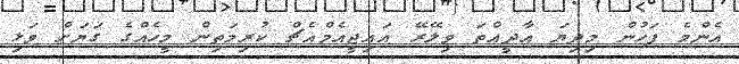
އެންމެ ފަހުން މިދިޔަ އާދީއްތަ ވިލޭރޭ އައިޖީއެމްއެޗް ކުރިމަތިން މީހެއްގެ ގަޔަށް ވަޅި